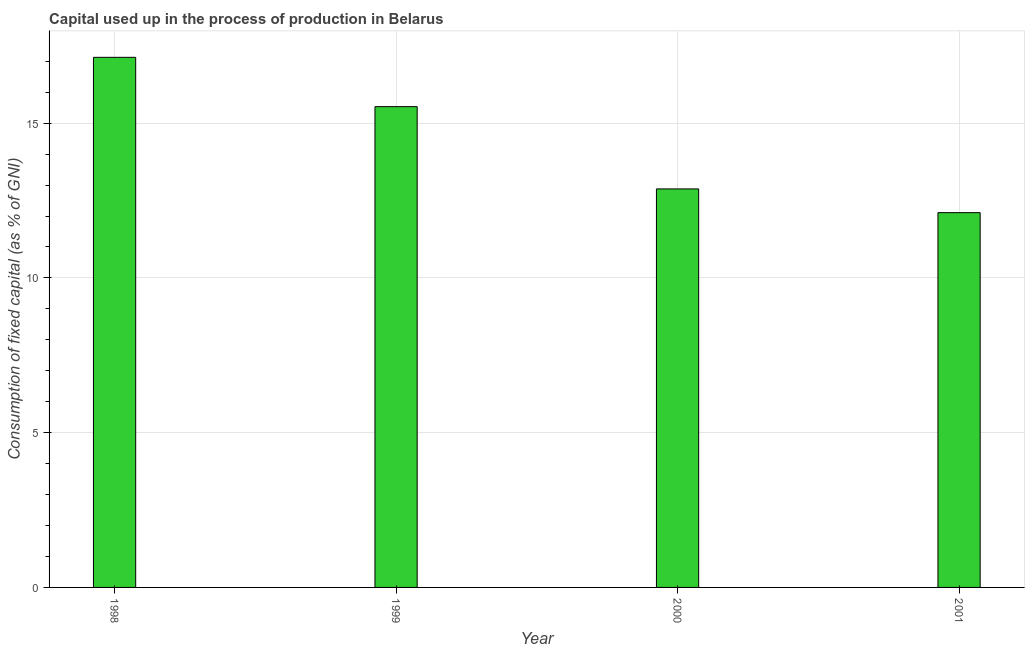
| Year | Consumption of fixed capital |
 | --- | --- |
 | 1998 | 17.1 |
 | 1999 | 15.5 |
 | 2000 | 12.9 |
 | 2001 | 12.1 |